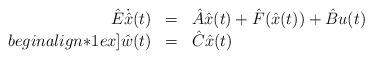
LaTeX: \begin{align*} \begin{array}{rcl}\hat{E} \dot{\hat{x}}(t) & = & \hat{A} \hat{x}(t) + \hat{F}(\hat{x}(t)) + \hat{B} u(t) \\begin{align*}1ex]\hat{w}(t) & = & \hat{C} \hat{x}(t) \\\end{array}\end{align*}